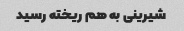
شیرینی به هم ریخته رسید